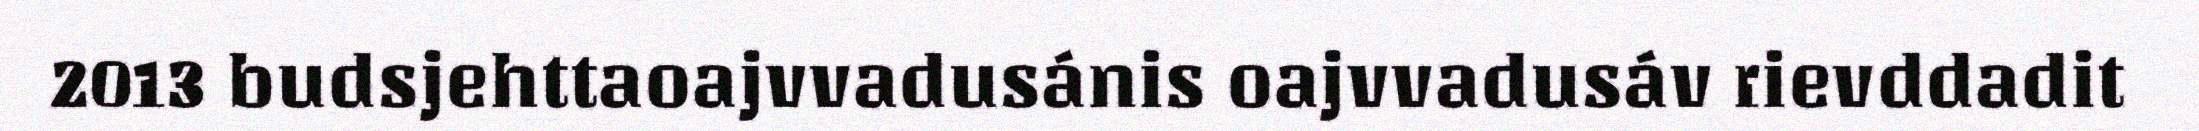
2013 budsjehttaoajvvadusánis oajvvadusáv rievddadit